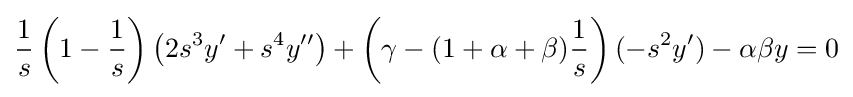
{\frac {1}{s}}\left(1-{\frac {1}{s}}\right)\left(2s^{3}y'+s^{4}y''\right)+\left(\gamma -(1+\alpha +\beta ){\frac {1}{s}}\right)(-s^{2}y')-\alpha \beta y=0